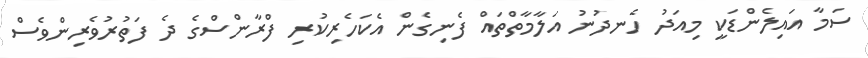
ސަމާ އައިލެންޑަކީ މިއަދު ހެނދުނު އަލާމާތްތައް ފެނިގެން އެކަހެރިކުރި ފްރާންސްގެ ދެ ފަތުރުވެރިންވެސް